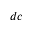
_ { d c }